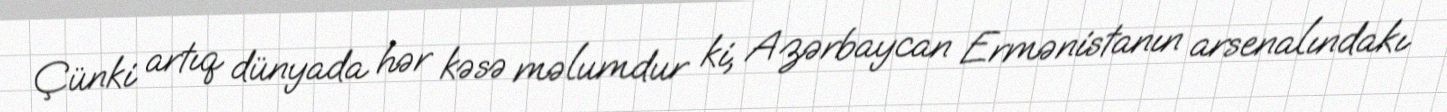
Çünki artıq dünyada hər kəsə məlumdur ki, Azərbaycan Ermənistanın arsenalındakı